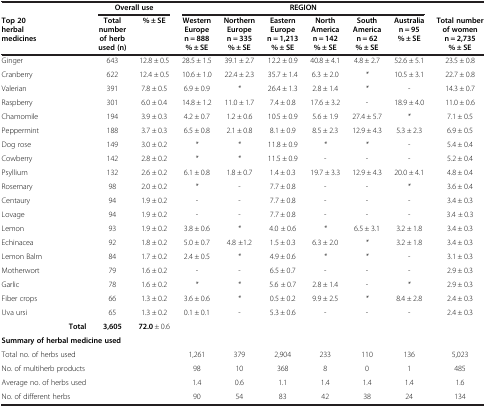
<table><thead><tr><td><b> </b></td><td colspan="2"><b>Overall use</b></td><td colspan="6"><b>REGION</b></td><td><b> </b></td></tr><tr><td><b>Top 20 herbal medicines</b></td><td><b>Total number of herb used (n)</b></td><td><b>% ± SE</b></td><td><b>Western Europe n = 888 % ± SE</b></td><td><b>Northern Europe n = 335 % ± SE</b></td><td><b>Eastern Europe n = 1,213 % ± SE</b></td><td><b>North America n = 142 % ± SE</b></td><td><b>South America n = 62 % ± SE</b></td><td><b>Australia n = 95 % ± SE</b></td><td><b>Total number of women n = 2,735 % ± SE</b></td></tr></thead><tbody><tr><td>Ginger</td><td>643</td><td>12.8 ± 0.5</td><td>28.5 ± 1.5</td><td>39.1 ± 2.7</td><td>12.2 ± 0.9</td><td>40.8 ± 4.1</td><td>4.8 ± 2.7</td><td>52.6 ± 5.1</td><td>23.5 ± 0.8</td></tr><tr><td>Cranberry</td><td>622</td><td>12.4 ± 0.5</td><td>10.6 ± 1.0</td><td>22.4 ± 2.3</td><td>35.7 ± 1.4</td><td>6.3 ± 2.0</td><td><i>*</i></td><td>10.5 ± 3.1</td><td>22.7 ± 0.8</td></tr><tr><td>Valerian</td><td>391</td><td>7.8 ± 0.5</td><td>6.9 ± 0.9</td><td><i>*</i></td><td>26.4 ± 1.3</td><td>2.8 ± 1.4</td><td><i>*</i></td><td>-</td><td>14.3 ± 0.7</td></tr><tr><td>Raspberry</td><td>301</td><td>6.0 ± 0.4</td><td>14.8 ± 1.2</td><td>11.0 ± 1.7</td><td>7.4 ± 0.8</td><td>17.6 ± 3.2</td><td>-</td><td>18.9 ± 4.0</td><td>11.0 ± 0.6</td></tr><tr><td>Chamomile</td><td>194</td><td>3.9 ± 0.3</td><td>4.2 ± 0.7</td><td>1.2 ± 0.6</td><td>10.5 ± 0.9</td><td>5.6 ± 1.9</td><td>27.4 ± 5.7</td><td><i>*</i></td><td>7.1 ± 0.5</td></tr><tr><td>Peppermint</td><td>188</td><td>3.7 ± 0.3</td><td>6.5 ± 0.8</td><td>2.1 ± 0.8</td><td>8.1 ± 0.9</td><td>8.5 ± 2.3</td><td>12.9 ± 4.3</td><td>5.3 ± 2.3</td><td>6.9 ± 0.5</td></tr><tr><td>Dog rose</td><td>149</td><td>3.0 ± 0.2</td><td><i>*</i></td><td><i>*</i></td><td>11.8 ± 0.9</td><td><i>*</i></td><td><i>*</i></td><td>-</td><td>5.4 ± 0.4</td></tr><tr><td>Cowberry</td><td>142</td><td>2.8 ± 0.2</td><td><i>*</i></td><td><i>*</i></td><td>11.5 ± 0.9</td><td>-</td><td>-</td><td>-</td><td>5.2 ± 0.4</td></tr><tr><td>Psyllium</td><td>132</td><td>2.6 ± 0.2</td><td>6.1 ± 0.8</td><td>1.8 ± 0.7</td><td>1.4 ± 0.3</td><td>19.7 ± 3.3</td><td>12.9 ± 4.3</td><td>20.0 ± 4.1</td><td>4.8 ± 0.4</td></tr><tr><td>Rosemary</td><td>98</td><td>2.0 ± 0.2</td><td><i>*</i></td><td>-</td><td>7.7 ± 0.8</td><td>-</td><td>-</td><td><i>*</i></td><td>3.6 ± 0.4</td></tr><tr><td>Centaury</td><td>94</td><td>1.9 ± 0.2</td><td>-</td><td>-</td><td>7.7 ± 0.8</td><td>-</td><td>-</td><td>-</td><td>3.4 ± 0.3</td></tr><tr><td>Lovage</td><td>94</td><td>1.9 ± 0.2</td><td>-</td><td>-</td><td>7.7 ± 0.8</td><td>-</td><td>-</td><td>-</td><td>3.4 ± 0.3</td></tr><tr><td>Lemon</td><td>93</td><td>1.9 ± 0.2</td><td>3.8 ± 0.6</td><td><i>*</i></td><td>4.0 ± 0.6</td><td><i>*</i></td><td>6.5 ± 3.1</td><td>3.2 ± 1.8</td><td>3.4 ± 0.3</td></tr><tr><td>Echinacea</td><td>92</td><td>1.8 ± 0.2</td><td>5.0 ± 0.7</td><td>4.8 ±1.2</td><td>1.5 ± 0.3</td><td>6.3 ± 2.0</td><td><i>*</i></td><td>3.2 ± 1.8</td><td>3.4 ± 0.3</td></tr><tr><td>Lemon Balm</td><td>84</td><td>1.7 ± 0.2</td><td>2.4 ± 0.5</td><td><i>*</i></td><td>4.9 ± 0.6</td><td><i>*</i></td><td><i>*</i></td><td>-</td><td>3.1 ± 0.3</td></tr><tr><td>Motherwort</td><td>79</td><td>1.6 ± 0.2</td><td>-</td><td>-</td><td>6.5 ± 0.7</td><td>-</td><td>-</td><td>-</td><td>2.9 ± 0.3</td></tr><tr><td>Garlic</td><td>78</td><td>1.6 ± 0.2</td><td><i>*</i></td><td><i>*</i></td><td>5.6 ± 0.7</td><td>2.8 ± 1.4</td><td>-</td><td><i>*</i></td><td>2.9 ± 0.3</td></tr><tr><td>Fiber crops</td><td>66</td><td>1.3 ± 0.2</td><td>3.6 ± 0.6</td><td><i>*</i></td><td>0.5 ± 0.2</td><td>9.9 ± 2.5</td><td><i>*</i></td><td>8.4 ± 2.8</td><td>2.4 ± 0.3</td></tr><tr><td>Uva ursi</td><td>65</td><td>1.3 ± 0.2</td><td>0.1 ± 0.1</td><td>-</td><td>5.3 ± 0.6</td><td>-</td><td>-</td><td>-</td><td>2.4 ± 0.3</td></tr><tr><td><b>Total</b></td><td><b>3,605</b></td><td><b>72.0</b> ± 0.6</td><td> </td><td> </td><td> </td><td> </td><td> </td><td> </td><td> </td></tr><tr><td colspan="10"><b>Summary of herbal medicine used</b></td></tr><tr><td>Total no. of herbs used</td><td> </td><td> </td><td>1,261</td><td>379</td><td>2,904</td><td>233</td><td>110</td><td>136</td><td>5,023</td></tr><tr><td>No. of multiherb products</td><td> </td><td> </td><td>98</td><td>10</td><td>368</td><td>8</td><td>0</td><td>1</td><td>485</td></tr><tr><td>Average no. of herbs used</td><td> </td><td> </td><td>1.4</td><td>0.6</td><td>1.1</td><td>1.4</td><td>1.4</td><td>1.4</td><td>1.6</td></tr><tr><td>No. of different herbs</td><td> </td><td> </td><td>90</td><td>54</td><td>83</td><td>42</td><td>38</td><td>24</td><td>134</td></tr></tbody></table>